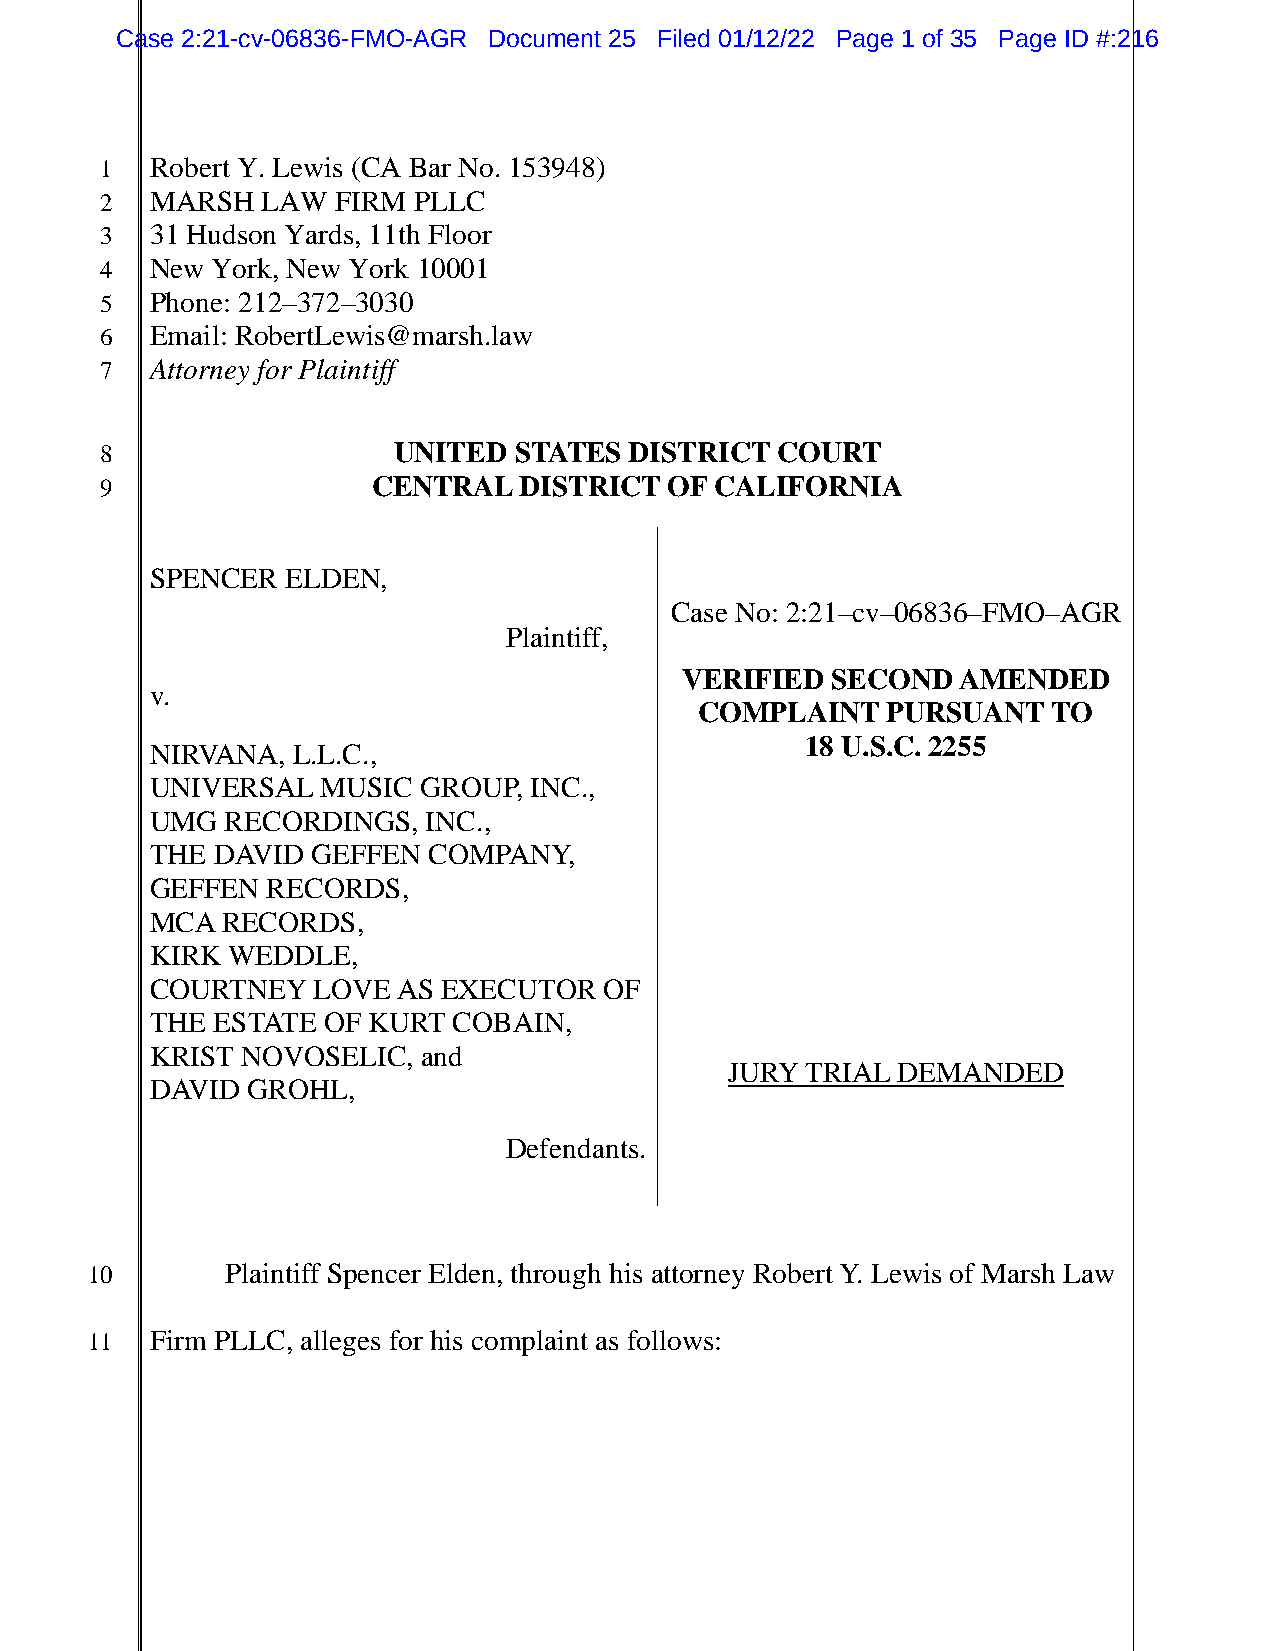
Case 2:21-cv-06836-FMO-AGR Document 25 Filed 01/12/22 Page 1 of 35 Page ID #:216
 1  Robert Y. Lewis (CA Bar No. 153948)
 2  MARSH  LAW  FIRM PLLC
 3  31 Hudson Yards, 11th Floor
 4  New York, New York 10001
 5  Phone: 212–372–3030
 6  Email: RobertLewis@marsh.law
 7  Attorney for Plaintiff
 8                  UNITED  STATES  DISTRICT COURT
 9                 CENTRAL  DISTRICT  OF CALIFORNIA
 SPENCER  ELDEN,
 Case No: 2:21–cv–06836–FMO–AGR
 Plaintiff,
 VERIFIED  SECOND   AMENDED
 v.
 COMPLAINT    PURSUANT   TO
 18 U.S.C. 2255
 NIRVANA, L.L.C.,
 UNIVERSAL  MUSIC  GROUP, INC.,
 UMG  RECORDINGS,  INC.,
 THE DAVID  GEFFEN COMPANY,
 GEFFEN  RECORDS,
 MCA  RECORDS,
 KIRK WEDDLE,
 COURTNEY   LOVE AS EXECUTOR   OF
 THE ESTATE OF KURT  COBAIN,
 KRIST NOVOSELIC,  and
 JURY TRIAL DEMANDED
 DAVID GROHL,
 Defendants.
 10       Plaintiff Spencer Elden, through his attorney Robert Y. Lewis of Marsh Law
 11  Firm PLLC, alleges for his complaint as follows: